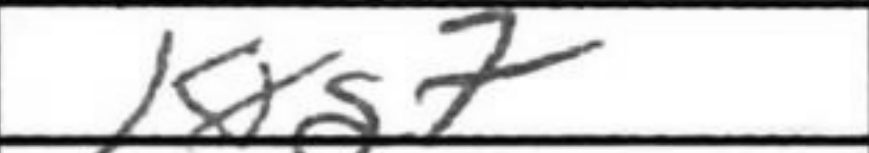
Transcription: Kxg7